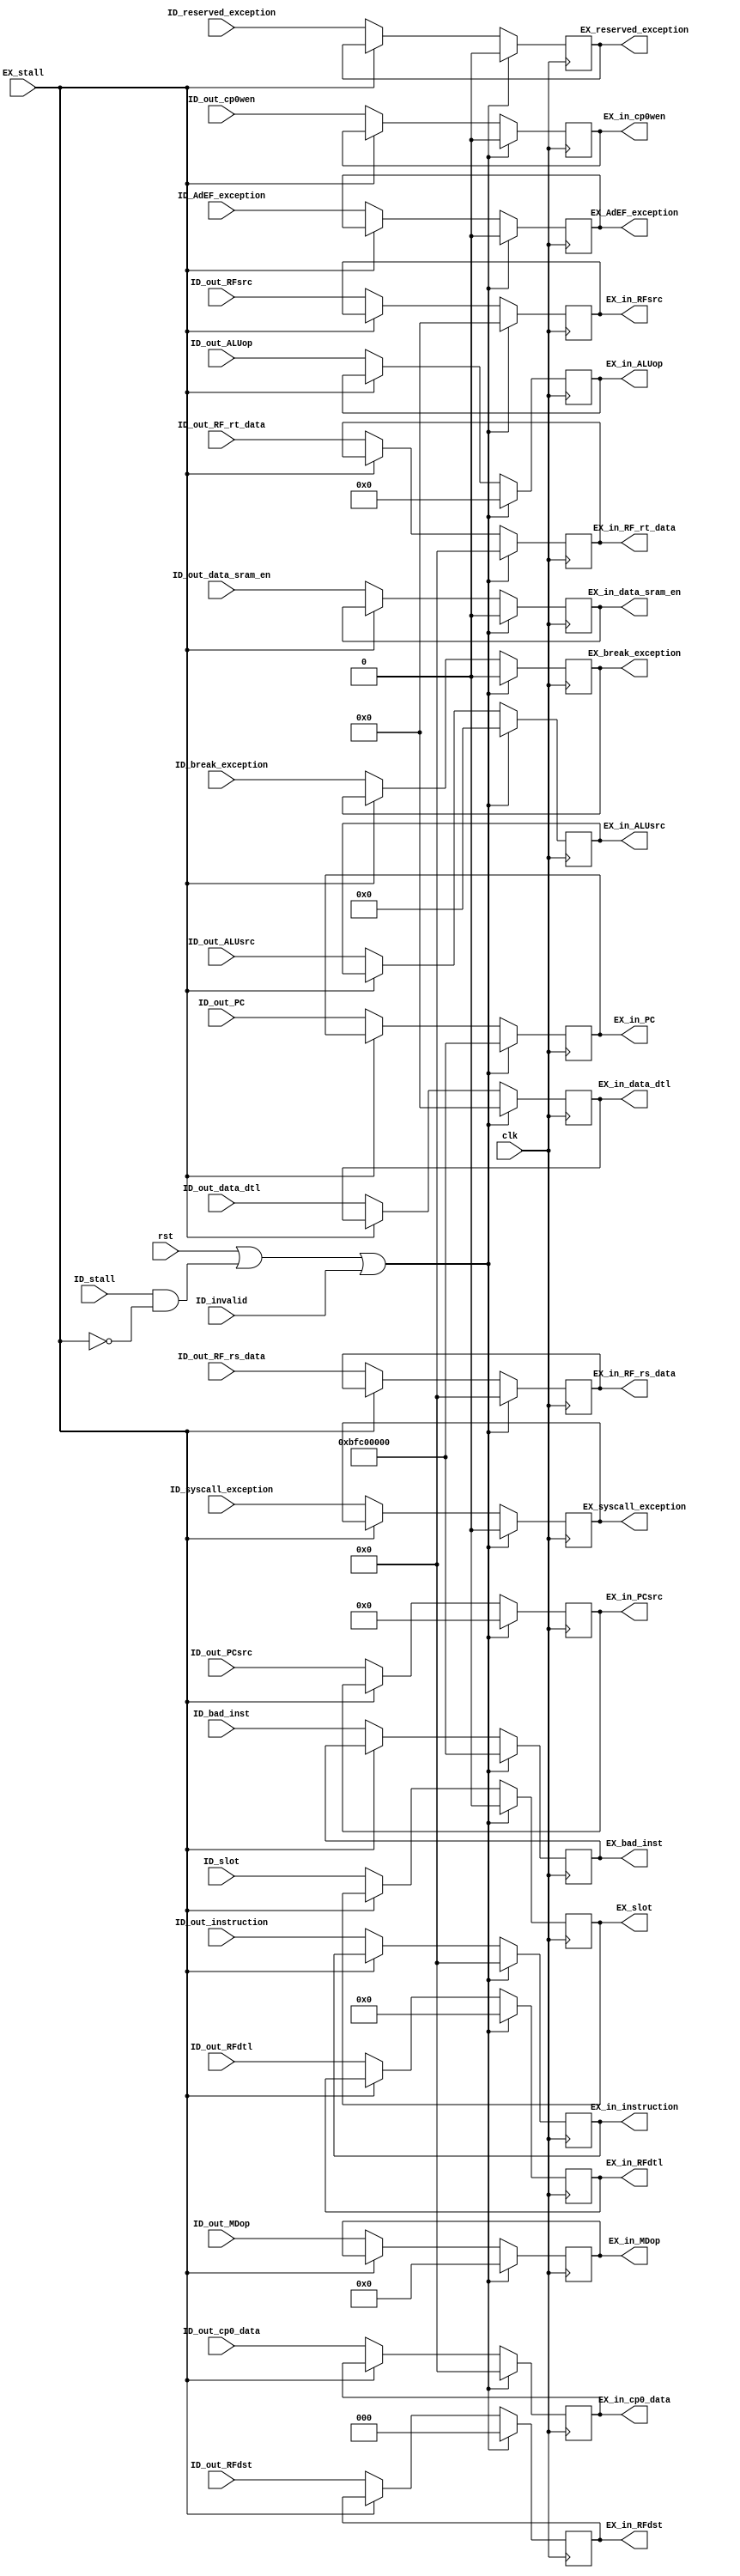
module ID_EX(
	input         clk,
	input         rst,
	input         ID_stall,
	input         EX_stall,
	input         ID_invalid,

	input  [31:0] ID_out_PC,
	input  [31:0] ID_bad_inst,
	input  [31:0] ID_out_instruction,
	input  [10:0] ID_out_PCsrc,
	input  [2 :0] ID_out_RFdst,
	input  [4 :0] ID_out_RFsrc,
	input  [6 :0] ID_out_RFdtl,
	input         ID_out_cp0wen,
	input  [31:0] ID_out_cp0_data,
	input  [3 :0] ID_out_ALUsrc,
	input  [13:0] ID_out_ALUop,
	input  [7 :0] ID_out_MDop,
	input         ID_out_data_sram_en,
	input  [4 :0] ID_out_data_dtl,
	input  [31:0] ID_out_RF_rs_data,
	input  [31:0] ID_out_RF_rt_data,
	input         ID_syscall_exception,
	input         ID_break_exception,
	input         ID_reserved_exception,
	input         ID_AdEF_exception,
	input         ID_slot,

	output [31:0] EX_in_PC,
	output [31:0] EX_bad_inst,
	output [31:0] EX_in_instruction,
	output [10:0] EX_in_PCsrc,
	output [2 :0] EX_in_RFdst,
	output [4 :0] EX_in_RFsrc,
	output [6 :0] EX_in_RFdtl,
	output        EX_in_cp0wen,
	output [31:0] EX_in_cp0_data,
	output [3 :0] EX_in_ALUsrc,
	output [13:0] EX_in_ALUop,
	output [7 :0] EX_in_MDop,
	output        EX_in_data_sram_en,
	output [4 :0] EX_in_data_dtl,
	output [31:0] EX_in_RF_rs_data,
	output [31:0] EX_in_RF_rt_data,
	output        EX_syscall_exception,
	output        EX_break_exception,
	output        EX_reserved_exception,
	output        EX_AdEF_exception,
	output        EX_slot
);

	reg [31:0] reg_PC;
	reg [31:0] reg_bad_inst;
	reg [31:0] reg_instruction;
	reg [10:0] reg_PCsrc;
	reg [2 :0] reg_RFdst;
	reg [4 :0] reg_RFsrc;
	reg [6 :0] reg_RFdtl;
	reg        reg_cp0wen;
	reg [31:0] reg_cp0_data;
	reg [3 :0] reg_ALUsrc;
	reg [13:0] reg_ALUop;
	reg [7 :0] reg_MDop;
	reg        reg_data_sram_en;
	reg [4 :0] reg_data_dtl;
	reg [31:0] reg_RF_rs_data;
	reg [31:0] reg_RF_rt_data;
	reg        reg_syscall_exception;
	reg        reg_break_exception;
	reg        reg_reserved_exception;
	reg        reg_AdEF_exception;
	reg        reg_slot;

	assign EX_in_PC            = reg_PC;
	assign EX_bad_inst         = reg_bad_inst;
	assign EX_in_instruction   = reg_instruction;
	assign EX_in_PCsrc         = reg_PCsrc;
	assign EX_in_RFdst         = reg_RFdst;
	assign EX_in_RFsrc         = reg_RFsrc;
	assign EX_in_RFdtl         = reg_RFdtl;
	assign EX_in_cp0wen        = reg_cp0wen;
	assign EX_in_cp0_data      = reg_cp0_data;
	assign EX_in_ALUsrc        = reg_ALUsrc;
	assign EX_in_ALUop         = reg_ALUop;
	assign EX_in_MDop          = reg_MDop;
	assign EX_in_data_sram_en  = reg_data_sram_en;
	assign EX_in_data_dtl      = reg_data_dtl;
	assign EX_in_RF_rs_data    = reg_RF_rs_data;
	assign EX_in_RF_rt_data    = reg_RF_rt_data;
	assign EX_syscall_exception= reg_syscall_exception;
	assign EX_break_exception  = reg_break_exception;
	assign EX_reserved_exception = reg_reserved_exception;
	assign EX_AdEF_exception   = reg_AdEF_exception;
	assign EX_slot             = reg_slot;

	always @(posedge clk) begin
		if (rst | (ID_stall & ~EX_stall) | ID_invalid) begin
			reg_PC            <= 32'hbfc00000;
			reg_bad_inst      <= 32'hbfc00000;
			reg_instruction   <= 32'd0;
			reg_PCsrc         <= 11'd0;
			reg_RFdst         <= 3'b000;
			reg_RFsrc         <= 5'b00000;
			reg_RFdtl         <= 3'd0;
			reg_cp0wen        <= 1'b0;
			reg_cp0_data      <= 32'd0;
			reg_ALUsrc        <= 4'b0000;
			reg_ALUop         <= 14'd0;
			reg_MDop          <= 8'd0;
			reg_data_sram_en  <= 1'b0;
			reg_data_dtl      <= 5'b00000;
			reg_RF_rs_data    <= 32'd0;
			reg_RF_rt_data    <= 32'd0;
			reg_syscall_exception <= 1'b0;
			reg_break_exception <= 1'b0;
			reg_reserved_exception <= 1'b0;
			reg_AdEF_exception <= 1'b0;
			reg_slot          <= 1'b0;
		end else if (EX_stall) begin
		end else begin
			reg_PC            <= ID_out_PC;
			reg_bad_inst      <= ID_bad_inst;
			reg_instruction   <= ID_out_instruction;
			reg_PCsrc         <= ID_out_PCsrc;
			reg_RFdst         <= ID_out_RFdst;
			reg_RFsrc         <= ID_out_RFsrc;
			reg_RFdtl         <= ID_out_RFdtl;
			reg_cp0wen        <= ID_out_cp0wen;
			reg_cp0_data      <= ID_out_cp0_data;
			reg_ALUsrc        <= ID_out_ALUsrc;
			reg_ALUop         <= ID_out_ALUop;
			reg_MDop          <= ID_out_MDop;
			reg_data_sram_en  <= ID_out_data_sram_en;
			reg_data_dtl      <= ID_out_data_dtl;
			reg_RF_rs_data    <= ID_out_RF_rs_data;
			reg_RF_rt_data    <= ID_out_RF_rt_data;
			reg_syscall_exception <= ID_syscall_exception;
			reg_break_exception <= ID_break_exception;
			reg_reserved_exception <= ID_reserved_exception;
			reg_AdEF_exception <= ID_AdEF_exception;
			reg_slot          <= ID_slot;
		end
	end

endmodule